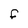
Character: F